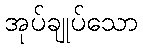
အုပ်ချုပ်သော